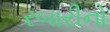
રબારીનો